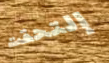
إلتحقت